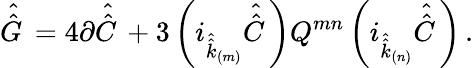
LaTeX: \hat{\hat{G}\, }=4\partial\hat{\hat{C}\, }+3\left(i_{\hat{\hat{k}}_{\scriptscriptstyle(m)}}\hat{\hat{C}\, }\right)Q^{mn}\left(i_{\hat{\hat{k}}_{\scriptscriptstyle(n)}}\hat{\hat{C}\, }\right)\, .